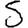
Digit: 5